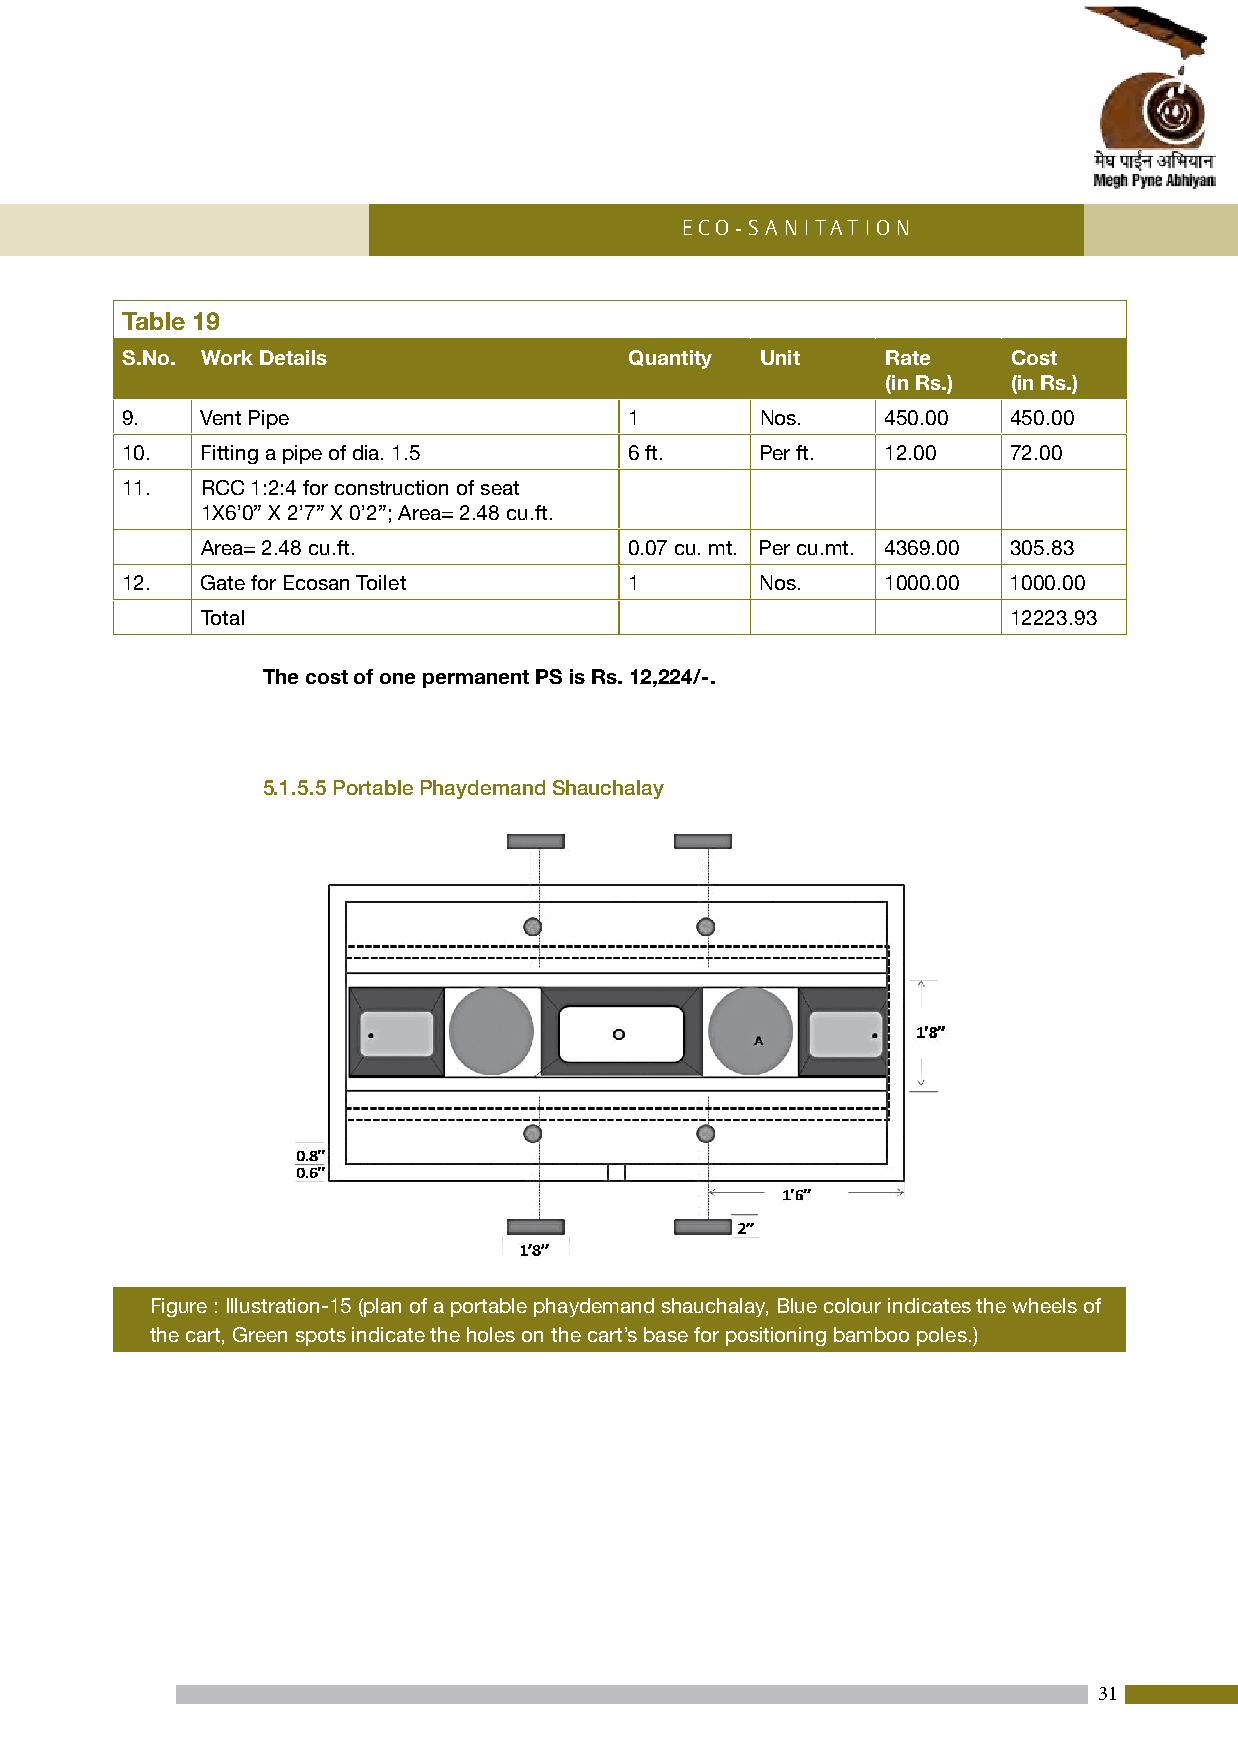
Eco-Sani tation
 Table 19
 S.No. Work Details                Quantity Unit    Rate    Cost
 (in Rs.) (in Rs.)
 9.   Vent Pipe                    1       Nos.     450.00  450.00
 10.  Fitting a pipe of dia. 1.5   6 ft.   Per ft.  12.00   72.00
 11.  RCC 1:2:4 for construction of seat
 1X6’0” X 2’7” X 0’2”; Area= 2.48 cu.ft.
 Area= 2.48 cu.ft.            0.07 cu. mt. Per cu.mt. 4369.00 305.83
 12.  Gate for Ecosan Toilet       1       Nos.     1000.00 1000.00
 Total                                                 12223.93
 The cost of one permanent PS is Rs. 12,224/-.
 5.1.5.5 Portable Phaydemand Shauchalay
 Figure : Illustration-15 (plan of a portable phaydemand shauchalay, Blue colour indicates the wheels of
 the cart, Green spots indicate the holes on the cart’s base for positioning bamboo poles.)
 31